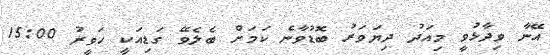
އޭނާ ވިދާޅުވީ މިއަދު ދިޔަވަރު ބޮޑުވާނެ ކަމަށް ބެލެވޭ ގަޑިއަކީ ހަވީރު 15:00